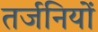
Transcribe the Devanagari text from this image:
तर्जनियों